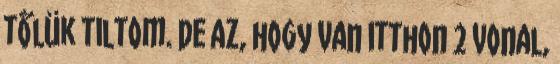
tőlük tiltom. De az, hogy van itthon 2 vonal,